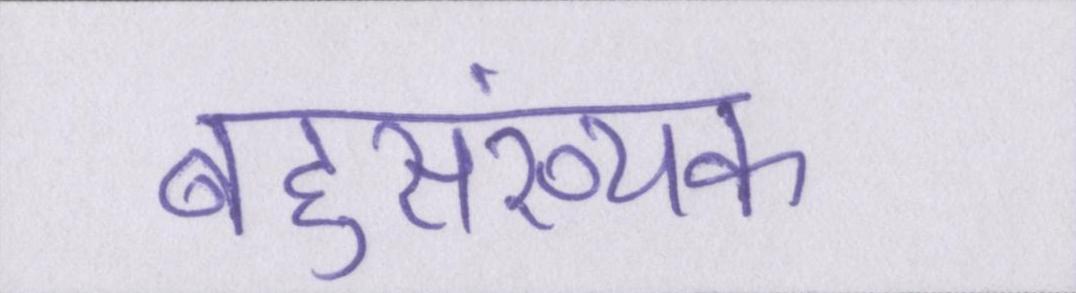
बहुसंख्यक